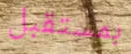
بمستقبل